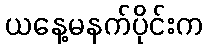
ယနေ့မနက်ပိုင်းက